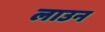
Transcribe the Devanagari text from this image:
लाउन